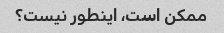
ممکن است، اینطور نیست؟